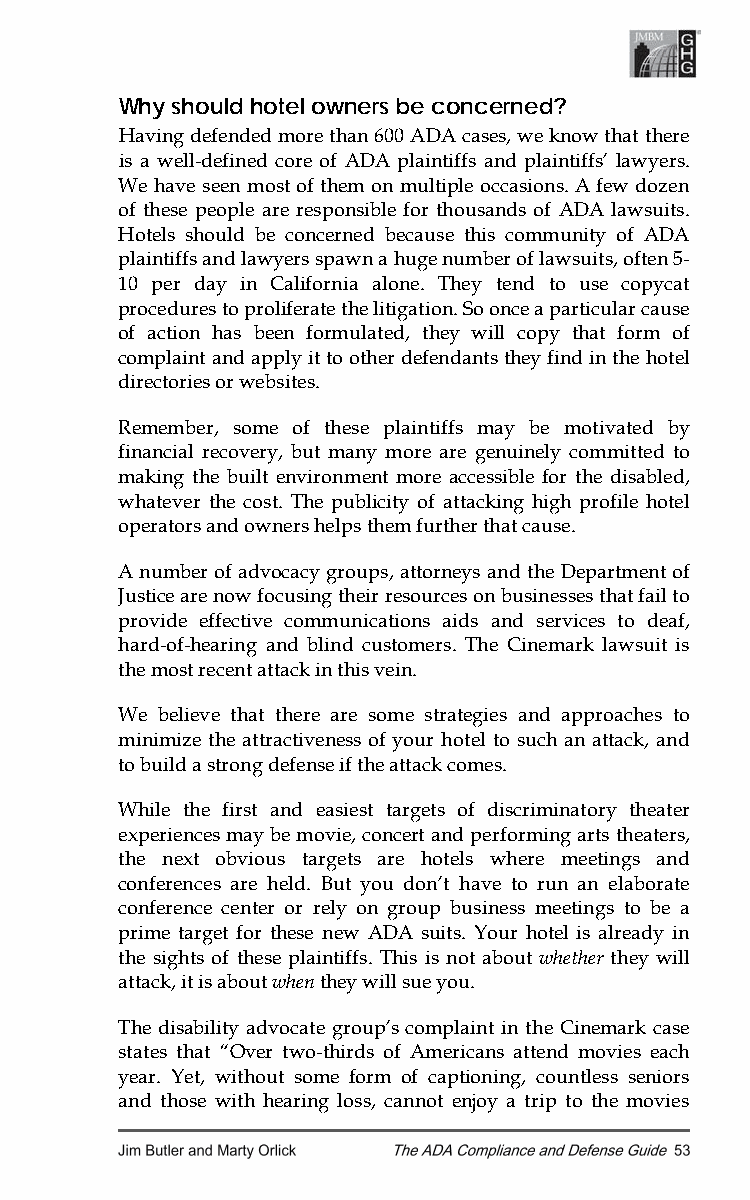
Why should hotel owners be concerned?
 Having defended more than 600 ADA cases, we know that there
 is a well-defined core of ADA plaintiffs and plaintiffs’ lawyers.
 We have seen most of them on multiple occasions. A few dozen
 of these people are responsible for thousands of ADA lawsuits.
 Hotels should be concerned because this community of ADA
 plaintiffs and lawyers spawn a huge number of lawsuits, often 5-
 10 per day in California alone. They tend to use copycat
 procedures to proliferate the litigation. So once a particular cause
 of action has been formulated, they will copy that form of
 complaint and apply it to other defendants they find in the hotel
 directories or websites.
 Remember, some of these plaintiffs may be motivated by
 financial recovery, but many more are genuinely committed to
 making the built environment more accessible for the disabled,
 whatever the cost. The publicity of attacking high profile hotel
 operators and owners helps them further that cause.
 A number of advocacy groups, attorneys and the Department of
 Justice are now focusing their resources on businesses that fail to
 provide effective communications aids and services to deaf,
 hard-of-hearing and blind customers. The Cinemark lawsuit is
 the most recent attack in this vein.
 We believe that there are some strategies and approaches to
 minimize the attractiveness of your hotel to such an attack, and
 to build a strong defense if the attack comes.
 While the first and easiest targets of discriminatory theater
 experiences may be movie, concert and performing arts theaters,
 the next obvious targets are hotels where meetings and
 conferences are held. But you don’t have to run an elaborate
 conference center or rely on group business meetings to be a
 prime target for these new ADA suits. Your hotel is already in
 the sights of these plaintiffs. This is not about whether they will
 attack, it is about when they will sue you.
 The disability advocate group’s complaint in the Cinemark case
 states that “Over two-thirds of Americans attend movies each
 year. Yet, without some form of captioning, countless seniors
 and those with hearing loss, cannot enjoy a trip to the movies